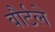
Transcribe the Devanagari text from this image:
वौर्टले